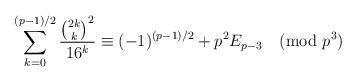
LaTeX: \begin{align*} \sum_{k=0}^{(p-1)/2}\frac{\binom{2k}k^2}{16^k}\equiv(-1)^{(p-1)/2}+p^2E_{p-3}\pmod{p^3} \end{align*}